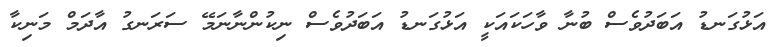
އަޅުގަނޑު އަބަދުވެސް ބުނާ ވާހަކައަކީ އަޅުގަނޑު އަބަދުވެސް ނިކުންނާނަމޭ ސަރަނގު އާދަމް މަނިކާ